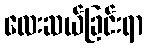
လေးဆယ်ခြင်းရာ